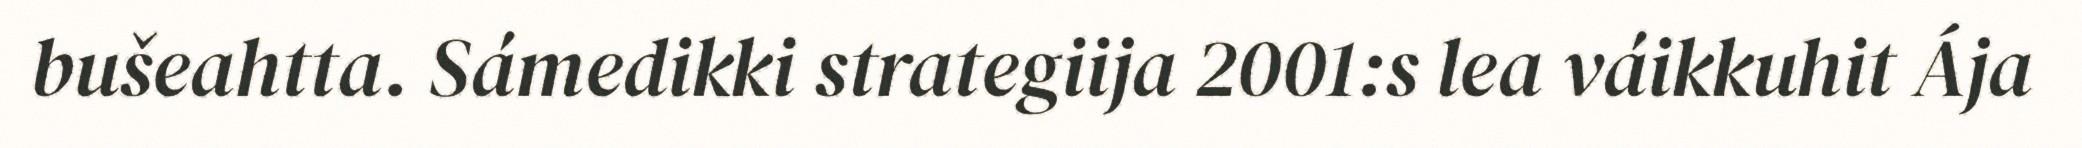
bušeahtta. Sámedikki strategiija 2001:s lea váikkuhit Ája